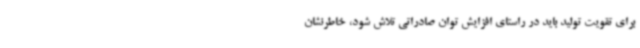
برای تقویت تولید باید در راستای افزایش توان صادراتی تلاش شود، خاطرنشان